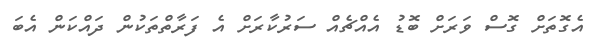
އެގޮތަށް ގޮސް ވަރަށް ބޮޑު އެއްޗެއް ސަރުކާރަށް އެ ފަރާތްތަކުން ދައްކަން އެބަ